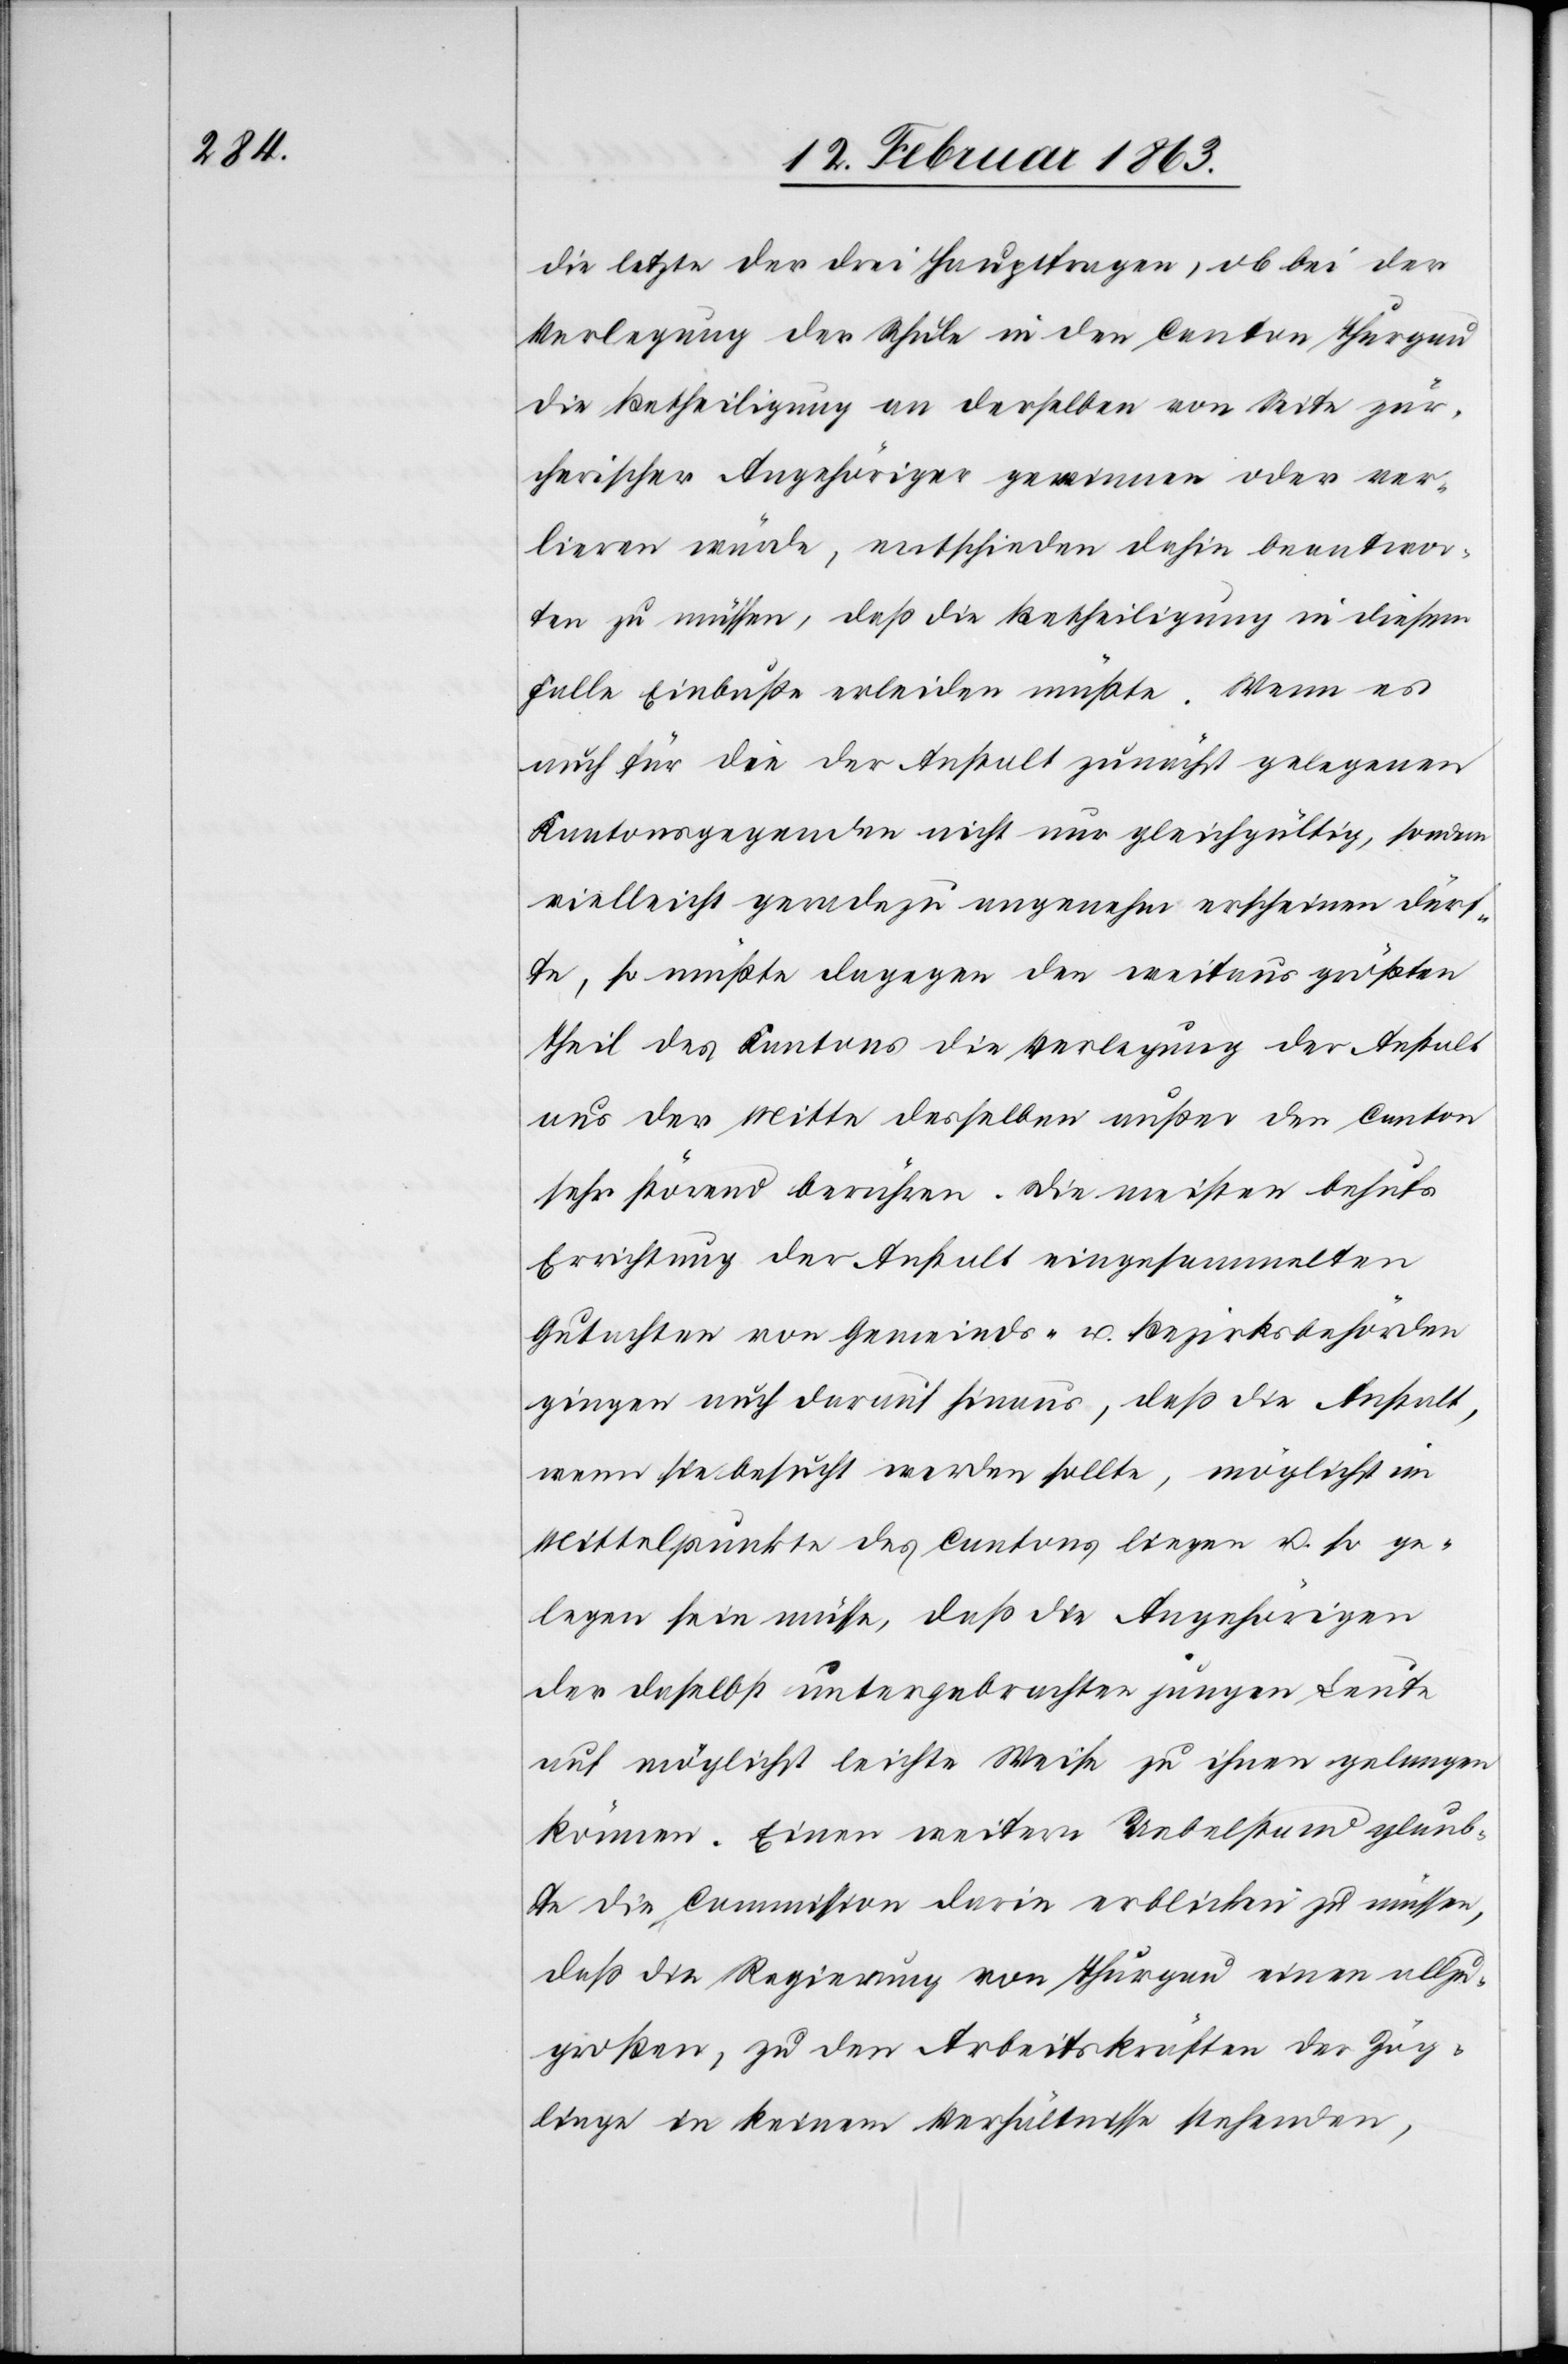
die letzte der drei Hauptfragen, ob bei der
Verlegung der Schule in den Canton Thurgau
die Betheiligung an derselben von Seite zür¬
cherischer Angehöriger gewinnen oder ver¬
lieren würde, entschieden dahin beantwor¬
ten zu müssen, daß die Betheiligung in diesem
Falle Einbuße erleiden müßte. Wenn es
auch für die der Anstalt zunächst gelegenen
Kantonsgegenden nicht nur gleichgültig, sondern
vielleicht geradezu angenehm erschienen dürf¬
te, so müßte dagegen den weitaus größten
Theil des Kantons die Verlegung der Anstalt
aus der Mitte desselben außer den Canton
sehr störend berühren. Die meisten behufs
Errichtung der Anstalt eingesammelten
Gutachten von Gemeinds- u. Bezirksbehörden
gingen auch darauf hinaus, daß die Anstalt,
wenn sie besucht werden sollte, möglichst im
Mittelpunkte des Cantons liegen u. so ge¬
legen sein müsse, daß die Angehörigen
der daselbst untergebrachten jungen Leute
auf möglichst leichte Weise zu ihnen gelangen
können. Einen weitern Uebelstand glaub¬
te die Commission darin erblicken zu müssen,
daß die Regierung von Thurgau einen allzu¬
großen, zu den Arbeitskräften der Zög¬
linge in keinem Verhältnisse stehenden,